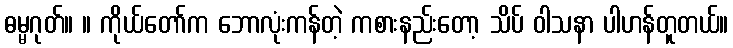
ဓမ္မဂုတ်။ ။ ကိုယ်တော်က ဘောလုံးကန်တဲ့ ကစားနည်းတော့ သိပ် ဝါသနာ ပါဟန်တူတယ်။